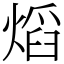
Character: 熖